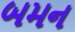
બમન